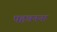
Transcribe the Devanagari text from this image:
पहचनना